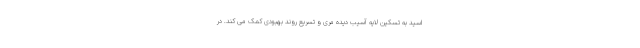
اسید به تسکین لایه آسیب دیده مری و تسریع روند بهبودی کمک می کند. در